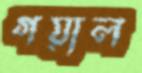
গয়াল